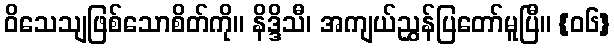
ဝိသေသျဖြစ်သောစိတ်ကို။ နိဒ္ဒိသီ၊ အကျယ်ညွှန်ပြတော်မူပြီ။ {၀၆}